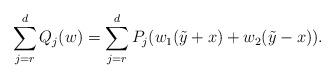
LaTeX: \begin{align*}\sum_{j=r}^{d} Q_j(w) = \sum_{j=r}^{d} P_j(w_1 (\tilde{y} +x) + w_2(\tilde{y}-x)).\end{align*}